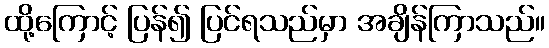
ထို့ကြောင့် ပြန်၍ ပြင်ရသည်မှာ အချိန်ကြာသည်။